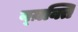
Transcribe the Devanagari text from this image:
व्य़क्ति